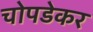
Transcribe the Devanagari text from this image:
चोपडेकर